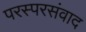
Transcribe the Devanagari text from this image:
परस्परसंवाद